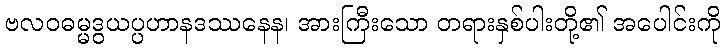
ဗလဝဓမ္မဒွယပ္ပဟာနဒဿနေန၊ အားကြီးသော တရားနှစ်ပါးတို့၏ အပေါင်းကို